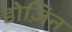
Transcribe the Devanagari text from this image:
डोज़िन